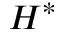
H ^ { * }